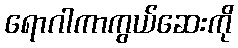
ရောဂါကာကွယ်ဆေးကို